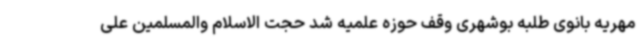
مهریه بانوی طلبه بوشهری وقف حوزه علمیه شد حجت الاسلام والمسلمین علی